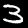
Digit: 3